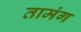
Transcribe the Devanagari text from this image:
तामंग